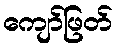
ကျော်ဖြတ်